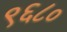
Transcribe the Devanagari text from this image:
९६८०